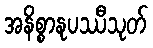
အနိစ္စာနုပဿီသုတ်